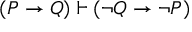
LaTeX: ( P \to Q ) \vdash ( \neg Q \to \neg P )